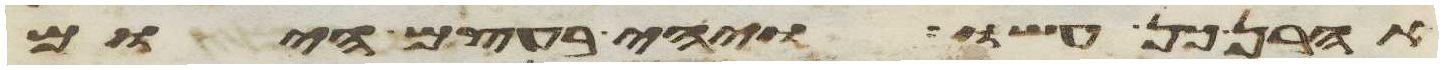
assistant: אהרן כן עשו ויהי בעצם היום